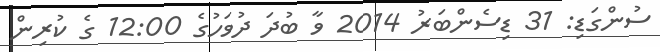
ސުންގަޑި: 31 ޑިސެންބަރު 2014 ވާ ބުދަ ދުވަހުގެ 12:00 ގެ ކުރިން